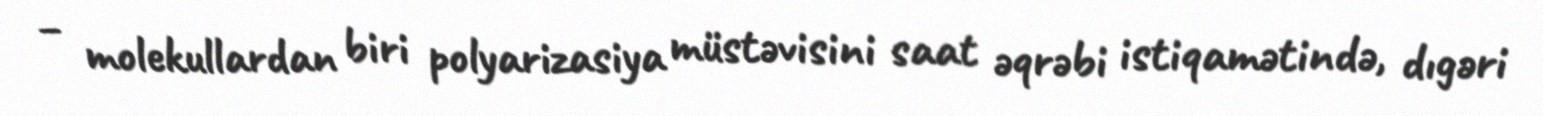
– molekullardan biri polyarizasiya müstəvisini saat əqrəbi istiqamətində, dıgəri